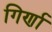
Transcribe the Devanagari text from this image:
गिर्णा